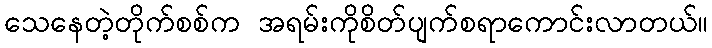
သေနေတဲ့တိုက်စစ်က အရမ်းကိုစိတ်ပျက်စရာကောင်းလာတယ်။